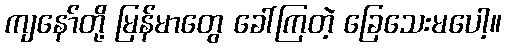
ကျနော်တို့ မြန်မာတွေ ခေါ်ကြတဲ့ ခြေသေးမပေါ့။